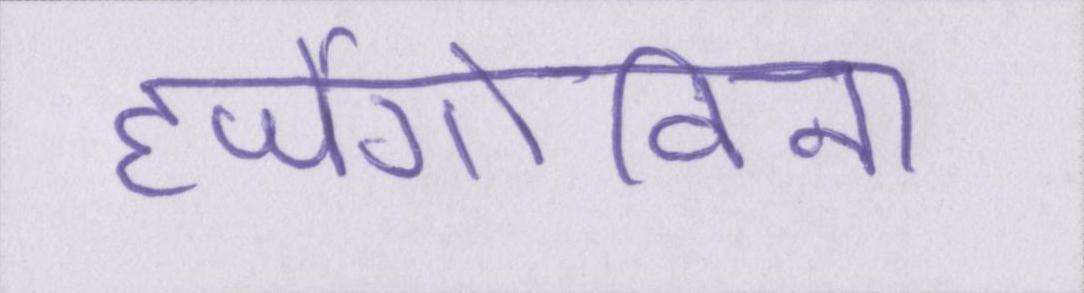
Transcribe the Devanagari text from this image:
हर्जेगोविना